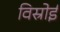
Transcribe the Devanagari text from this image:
विस्रोई